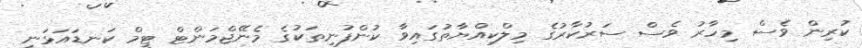
ކުރިން ވެސް މިހާރު ވެސް ސަރުކާރުގެ މިލްކިއްޔާތުގައިވާ ކުންފުނިތަކުގެ މެނޭޖްމަންޓް ޓީމް ކަނޑައަޅަނީ